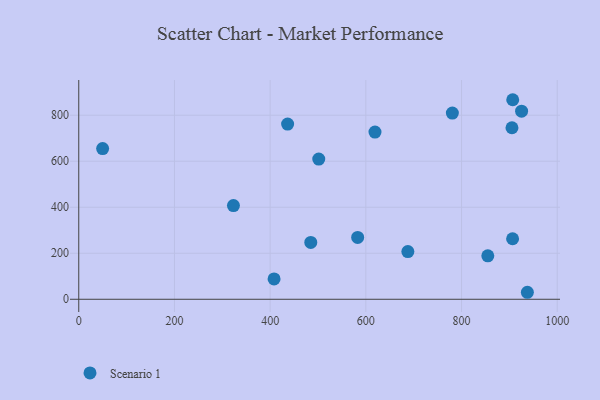
{"axis": {"x": "Study Hours", "y": "Salary"}, "legend": ["Scenario 1"], "data": [{"x": "501.6", "y": 609.4, "type": "Scenario 1"}, {"x": "49.9", "y": 655.1, "type": "Scenario 1"}, {"x": "436.5", "y": 761.5, "type": "Scenario 1"}, {"x": "619.1", "y": 726.6, "type": "Scenario 1"}, {"x": "408.2", "y": 88.6, "type": "Scenario 1"}, {"x": "907.0", "y": 867.3, "type": "Scenario 1"}, {"x": "854.9", "y": 189.0, "type": "Scenario 1"}, {"x": "925.5", "y": 817.6, "type": "Scenario 1"}, {"x": "780.8", "y": 809.3, "type": "Scenario 1"}, {"x": "484.9", "y": 247.1, "type": "Scenario 1"}, {"x": "582.9", "y": 269.0, "type": "Scenario 1"}, {"x": "905.4", "y": 745.5, "type": "Scenario 1"}, {"x": "687.8", "y": 207.4, "type": "Scenario 1"}, {"x": "323.3", "y": 407.1, "type": "Scenario 1"}, {"x": "906.7", "y": 263.0, "type": "Scenario 1"}, {"x": "937.6", "y": 30.4, "type": "Scenario 1"}]}